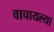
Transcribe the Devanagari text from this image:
वाचायल्या